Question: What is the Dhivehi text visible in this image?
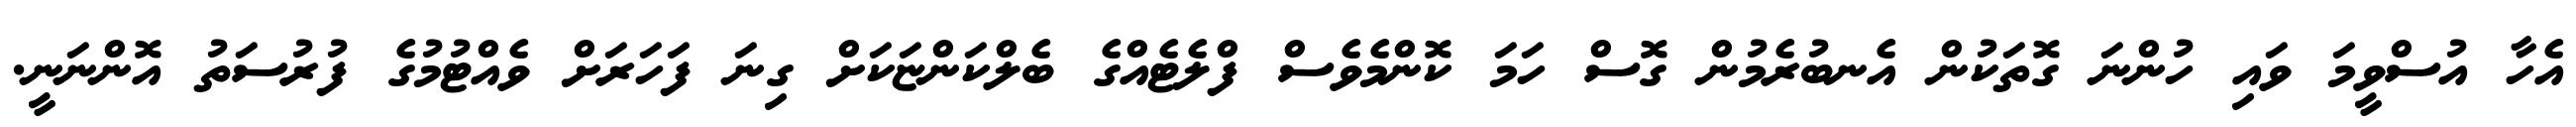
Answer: އެހާ އުސްވީމަ ވައި ހުންނަ ގޮތަކުން އެނބުރެމުން ގޮސް ހަމަ ކޮންމެވެސް ފްލެޓެއްގެ ބެލްކަންޏަކަށް ގިނަ ފަހަރަށް ވެއްޓުމުގެ ފުރުސަތު އޮންނަނީ.